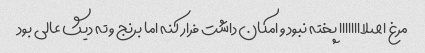
مرغ اصلاااااااا پخته نبود و امکان داشت فرار کنه اما برنج و ته دیگ عالی بود